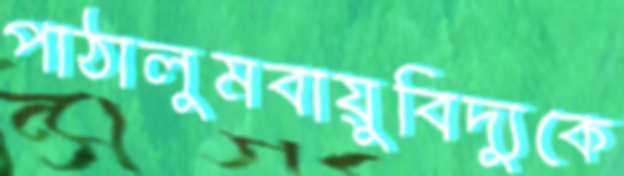
পাঠালুমবায়ুবিদ্যুকে